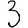
Digit: 3